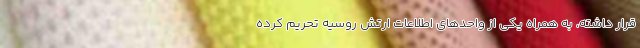
قرار داشته، به همراه یکی از واحدهای اطلاعات ارتش روسیه تحریم کرده